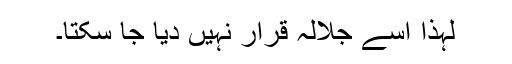
لہٰذا اسے جلالہ قرار نہیں دیا جا سکتا۔